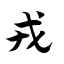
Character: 戎